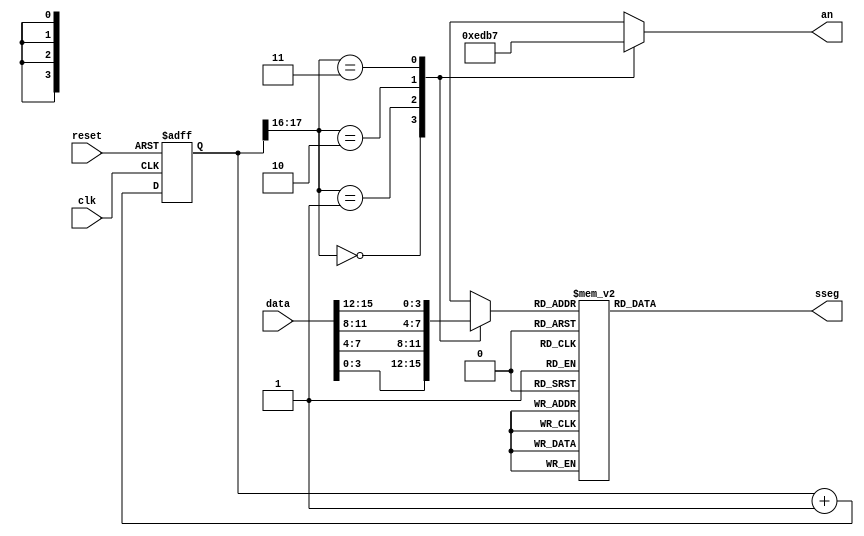
module SSEG_Driver( clk, reset, data, sseg, an );
														
input  wire clk;
input  wire reset;
input  wire[15:0] data;
output reg[6:0] sseg;
output reg[3:0] an;


wire[3:0] hex3,hex2,hex1,hex0;	

assign hex3 = data[15:12];
assign hex2 = data[11:8];
assign hex1 = data[7:4];
assign hex0 = data[3:0];

localparam N = 18;

reg[N-1:0] q_reg;
wire[N-1:0] q_next;
reg[3:0] hex_in;

always@( posedge clk or posedge reset )
	if( reset )
		q_reg <= 0;
	else
		q_reg <= q_next;
		
assign q_next = q_reg + 1;

always@( * )
	case( q_reg[N-1:N-2] )
		2'b00:
		begin
			an = 4'b1110;
			hex_in = hex0;
		end
		
		2'b01:
		begin
			an = 4'b1101;
			hex_in = hex1;
		end	

		2'b10:
		begin
			an = 4'b1011;
			hex_in = hex2;
		end		
		
		2'b11:
		begin
			an = 4'b0111;
			hex_in = hex3;
		end
	endcase
	
	always@( * )
	begin
		case( hex_in )
				0 : sseg[6:0] = 7'b1000000;  //'0'
				1 : sseg[6:0] = 7'b1111001;  //'1'
				2 : sseg[6:0] = 7'b0100100;  //'2'
				3 : sseg[6:0] = 7'b0110000;  //'3'
				4 : sseg[6:0] = 7'b0011001;  //'4'
				5 : sseg[6:0] = 7'b0010010;  //'5'
				6 : sseg[6:0] = 7'b0000010;  //'6'
				7 : sseg[6:0] = 7'b1111000;  //'7'
				8 : sseg[6:0] = 7'b0000000;  //'8'
				9 : sseg[6:0] = 7'b0010000;  //'9'
			 'hA : sseg[6:0] = 7'b0001000;  //'A'
			 'hB : sseg[6:0] = 7'b0000011;  //'b'
			 'hC : sseg[6:0] = 7'b1000110;  //'C'
			 'hD : sseg[6:0] = 7'b0100001;  //'d'
			 'hE : sseg[6:0] = 7'b0000110;  //'E'
			 'hF : sseg[6:0] = 7'b0001110;  //'F'
		default : sseg[6:0] = 7'b1111111;
		endcase
	end

endmodule